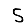
Digit: 5